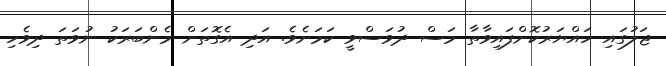
ޖަލުގައި ހައްޔަރުކޮށްފައިވާތާ މަސް ދުވަސްވީ ކަމަށެވެ. އަދި އެގޮތަށް މެންބަރަކު ނުވަތަ ދިވެހި